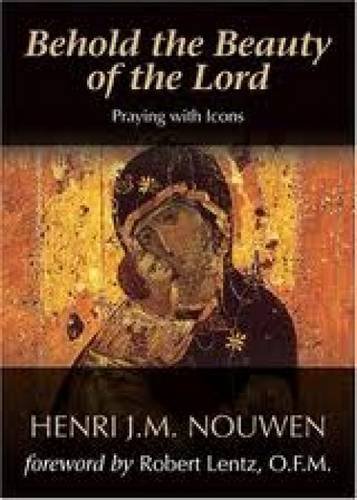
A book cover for Behold the Beauty of the Lord: Praying With Icons; Henri J. M. Nouwen; Arts & Photography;